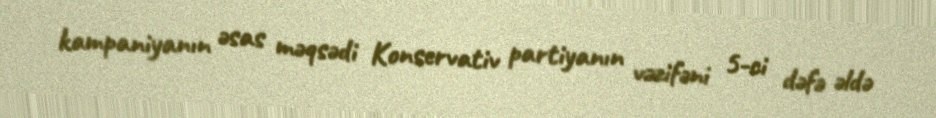
kampaniyanın əsas məqsədi Konservativ partiyanın vəzifəni 5-ci dəfə əldə